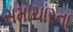
સમાચારના